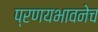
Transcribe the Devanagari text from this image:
प्रणयभावनेच